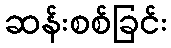
ဆန်းစစ်ခြင်း